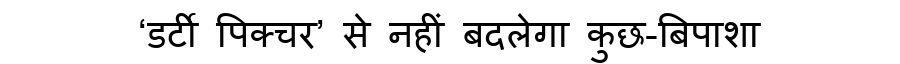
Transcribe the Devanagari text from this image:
‘डर्टी पिक्चर’ से नहीं बदलेगा कुछ-बिपाशा